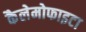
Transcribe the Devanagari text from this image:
कैलेमोफाइटा